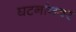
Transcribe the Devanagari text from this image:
घटनांनवर